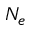
N _ { e }